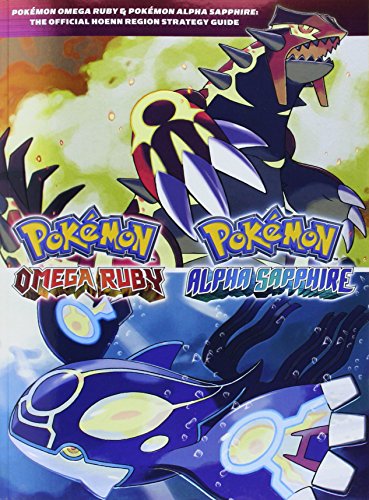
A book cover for PokÃ©mon Omega Ruby & PokÃ©mon Alpha Sapphire: The Official Hoenn Region Strategy Guide; Pokemon Company International; Science Fiction & Fantasy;